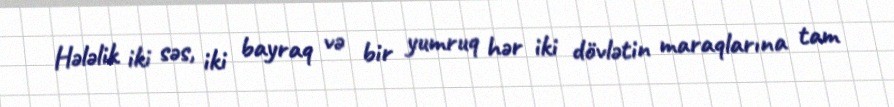
Hələlik iki səs, iki bayraq və bir yumruq hər iki dövlətin maraqlarına tam